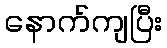
နောက်ကျပြီး